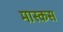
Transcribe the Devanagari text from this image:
मास्कस